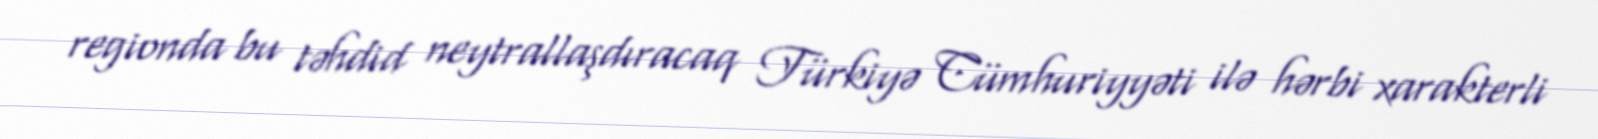
regionda bu təhdid neytrallaşdıracaq Türkiyə Cümhuriyyəti ilə hərbi xarakterli